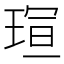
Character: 𪻭